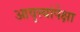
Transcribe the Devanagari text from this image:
आवृत्त्यांपेक्षा